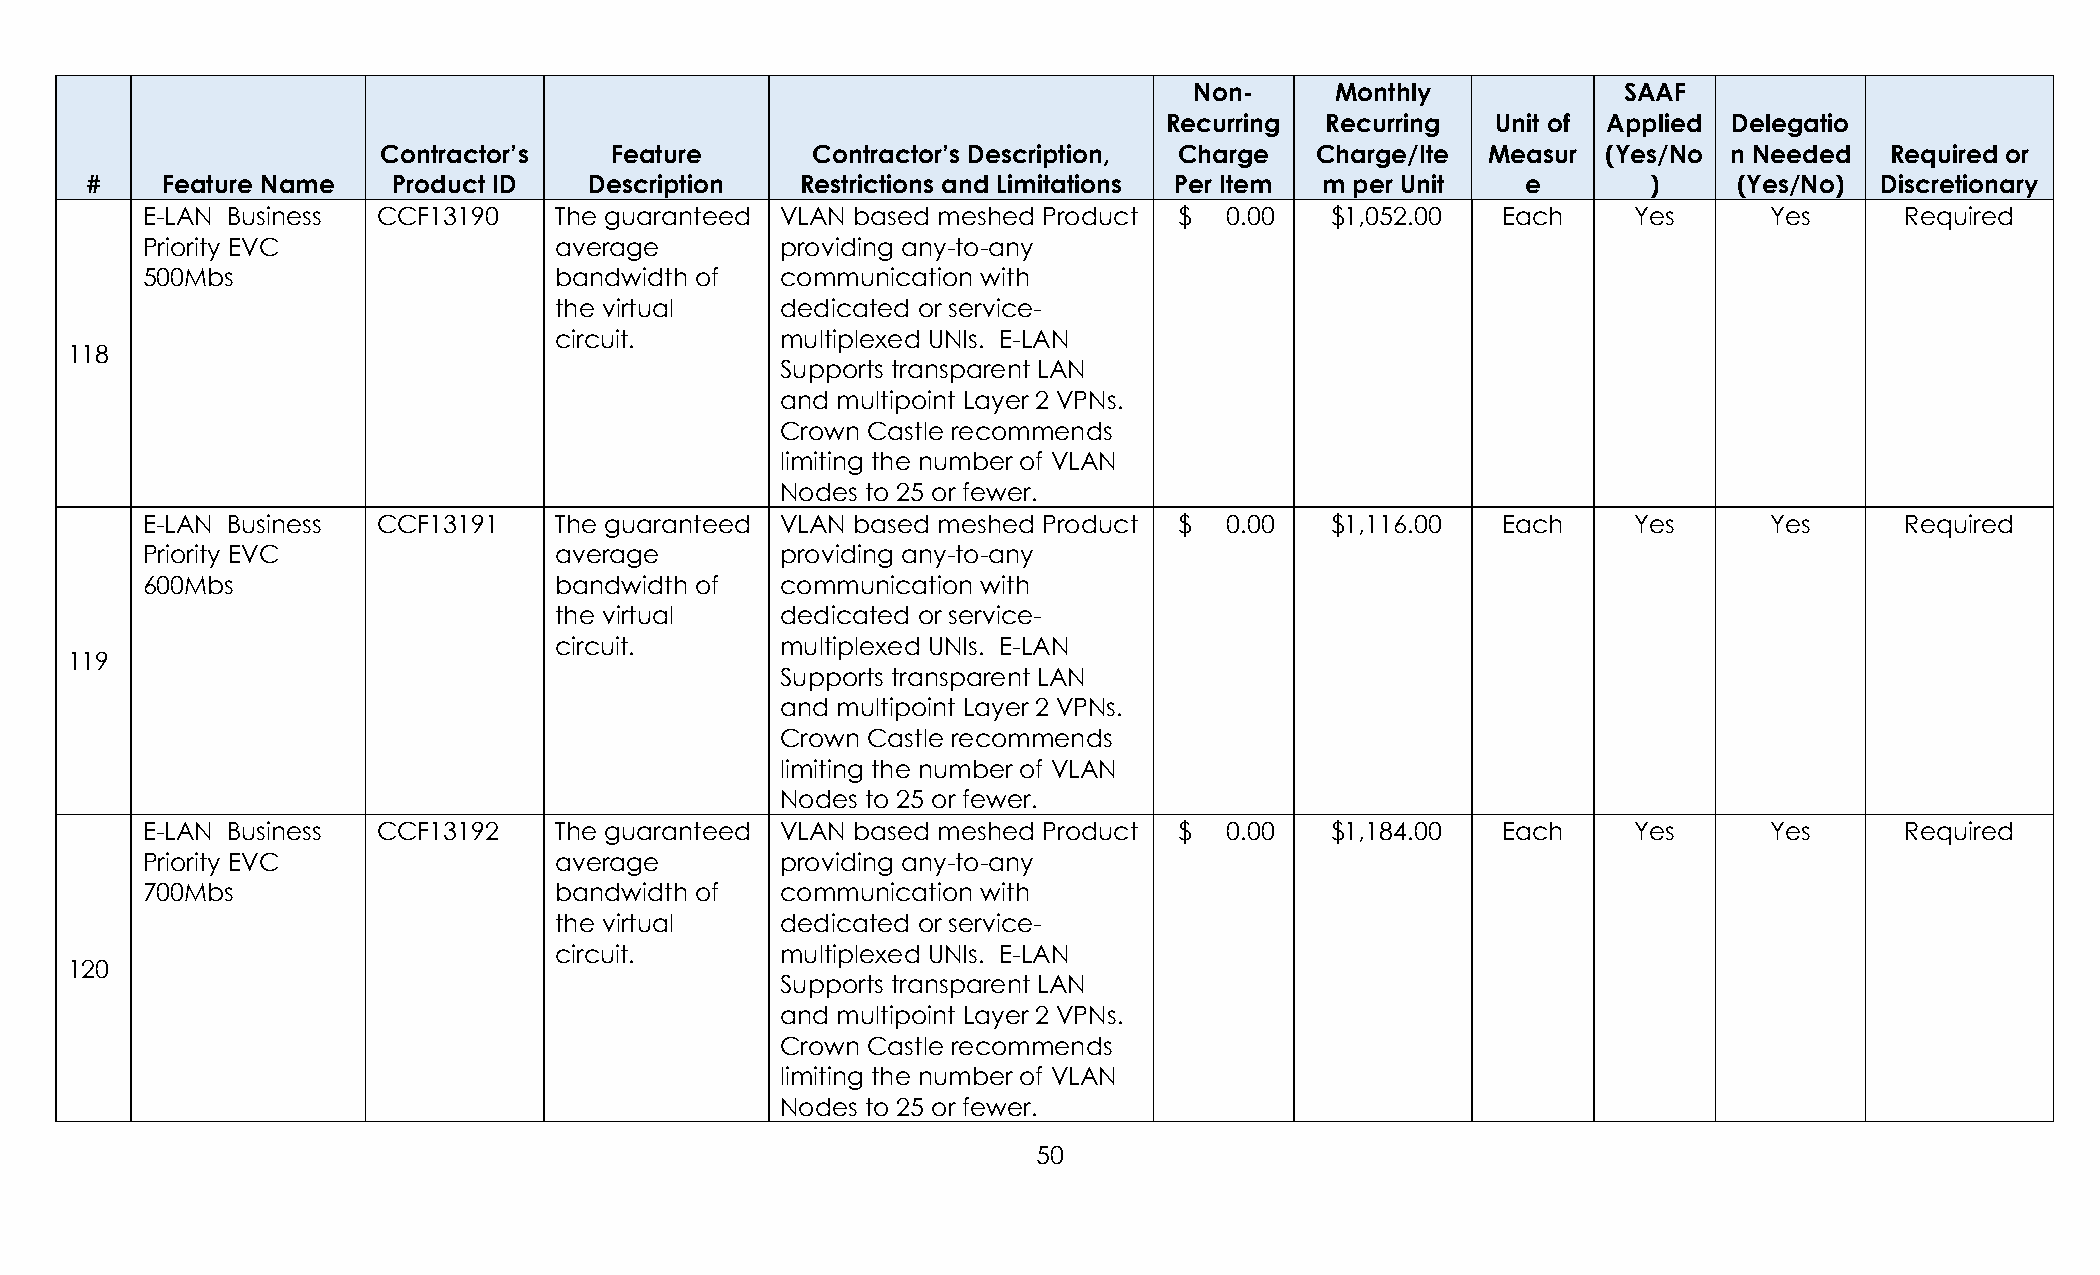
Non-     Monthly            SAAF
 Recurring  Recurring  Unit of Applied Delegatio
 Contractor’s   Feature       Contractor’s Description, Charge Charge/Ite  Measur (Yes/No  n Needed  Required or
 #    Feature Name   Product ID   Description   Restrictions and Limitations Per Item m per Unit e      )     (Yes/No) Discretionary
 E-LAN Business  CCF13190    The guaranteed VLAN based meshed Product $  0.00   $1,052.00  Each     Yes      Yes      Required
 Priority EVC                average        providing any-to-any
 500Mbs                      bandwidth of   communication with
 the virtual    dedicated or service-
 circuit.       multiplexed UNIs. E-LAN
 118
 Supports transparent LAN
 and multipoint Layer 2 VPNs.
 Crown Castle recommends
 limiting the number of VLAN
 Nodes to 25 or fewer.
 E-LAN Business  CCF13191    The guaranteed VLAN based meshed Product $  0.00   $1,116.00  Each     Yes      Yes      Required
 Priority EVC                average        providing any-to-any
 600Mbs                      bandwidth of   communication with
 the virtual    dedicated or service-
 circuit.       multiplexed UNIs. E-LAN
 119
 Supports transparent LAN
 and multipoint Layer 2 VPNs.
 Crown Castle recommends
 limiting the number of VLAN
 Nodes to 25 or fewer.
 E-LAN Business  CCF13192    The guaranteed VLAN based meshed Product $  0.00   $1,184.00  Each     Yes      Yes      Required
 Priority EVC                average        providing any-to-any
 700Mbs                      bandwidth of   communication with
 the virtual    dedicated or service-
 circuit.       multiplexed UNIs. E-LAN
 120
 Supports transparent LAN
 and multipoint Layer 2 VPNs.
 Crown Castle recommends
 limiting the number of VLAN
 Nodes to 25 or fewer.
 50